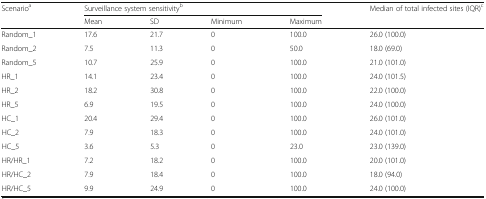
<table><thead><tr><td><b>Scenario<sup>a</sup></b></td><td colspan="4"><b>Surveillance system sensitivity<sup>b</sup></b></td><td><b>Median of total infected sites (IQR)<sup>c</sup></b></td></tr><tr><td></td><td><b>Mean</b></td><td><b>SD</b></td><td><b>Minimum</b></td><td><b>Maximum</b></td><td></td></tr></thead><tbody><tr><td>Random_1</td><td>17.6</td><td>21.7</td><td>0</td><td>100.0</td><td>26.0 (100.0)</td></tr><tr><td>Random_2</td><td>7.5</td><td>11.3</td><td>0</td><td>50.0</td><td>18.0 (69.0)</td></tr><tr><td>Random_5</td><td>10.7</td><td>25.9</td><td>0</td><td>100.0</td><td>21.0 (101.0)</td></tr><tr><td>HR_1</td><td>14.1</td><td>23.4</td><td>0</td><td>100.0</td><td>24.0 (101.5)</td></tr><tr><td>HR_2</td><td>18.2</td><td>30.8</td><td>0</td><td>100.0</td><td>22.0 (100.0)</td></tr><tr><td>HR_5</td><td>6.9</td><td>19.5</td><td>0</td><td>100.0</td><td>24.0 (100.0)</td></tr><tr><td>HC_1</td><td>20.4</td><td>29.4</td><td>0</td><td>100.0</td><td>26.0 (101.0)</td></tr><tr><td>HC_2</td><td>7.9</td><td>18.3</td><td>0</td><td>100.0</td><td>24.0 (101.0)</td></tr><tr><td>HC_5</td><td>3.6</td><td>5.3</td><td>0</td><td>23.0</td><td>23.0 (139.0)</td></tr><tr><td>HR/HR_1</td><td>7.2</td><td>18.2</td><td>0</td><td>100.0</td><td>20.0 (101.0)</td></tr><tr><td>HR/HC_2</td><td>7.9</td><td>18.4</td><td>0</td><td>100.0</td><td>18.0 (94.0)</td></tr><tr><td>HR/HC_5</td><td>9.9</td><td>24.9</td><td>0</td><td>100.0</td><td>24.0 (100.0)</td></tr></tbody></table>